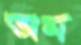
অম